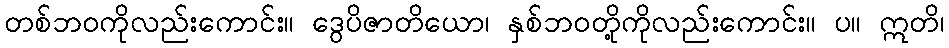
တစ်ဘဝကိုလည်းကောင်း။ ဒွေပိဇာတိယော၊ နှစ်ဘဝတို့ကိုလည်းကောင်း။ ပ။ ဣတိ၊